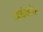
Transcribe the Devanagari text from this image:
अर्थभारित